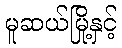
မူဆယ်မြို့နှင့်